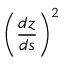
\left( \frac { d z } { d s } \right) ^ { 2 }